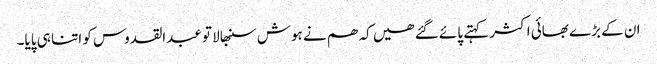
ان کے بڑے بھائی اکثر کہتے پائے گئے ھیں کہ ھم نے ہوش سنبھالا تو عبدالقدوس کو اتنا ہی پایا۔